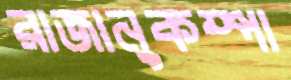
রাজানুকম্পা